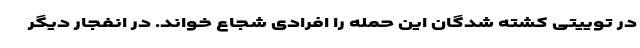
در توییتی کشته شدگان این حمله را افرادی شجاع خواند. در انفجار دیگر